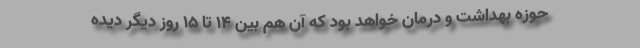
حوزه بهداشت و درمان خواهد بود که آن هم بین ۱۴ تا ۱۵ روز دیگر دیده